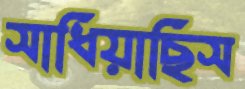
সাধিয়াছিস